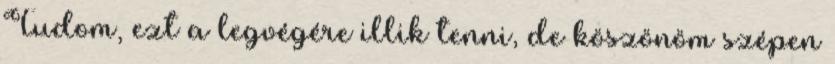
Tudom, ezt a legvégére illik tenni, de köszönöm szépen